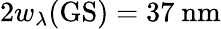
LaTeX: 2w_{\lambda}(\mathrm{GS})=37~\mathrm{nm}